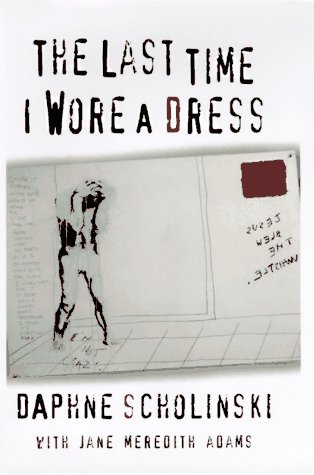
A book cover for The Last Time I Wore a Dress; Daphne Scholinski; Gay & Lesbian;